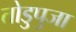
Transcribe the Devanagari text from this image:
तोडुपुजा